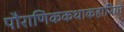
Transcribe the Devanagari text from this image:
पौराणिककथाकहानियों